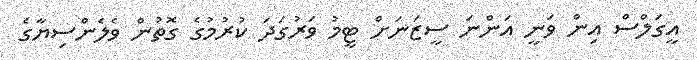
އީގަލްސް އިން ވަނީ އަންނަ ސީޒަނަށް ޓީމު ވަރުގަދަ ކުރުމުގެ ގޮތުން ވެލެންސިޔާގެ